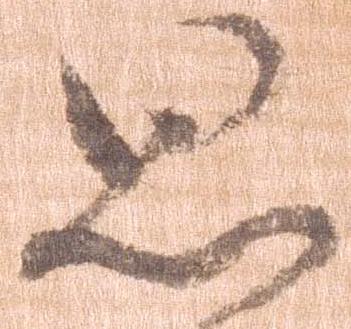
思